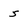
Character: 5